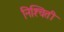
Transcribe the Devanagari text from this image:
निश्‍चिती